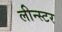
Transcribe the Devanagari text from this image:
लीन्स्टर